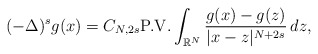
\begin{align*}(-\Delta)^{s} g(x)= C_{N,2s }\mbox{P.V.}\int_{\mathbb{R}^N} \frac{g(x)-g(z)}{|x-z|^{N+{2s}}}\,dz,\end{align*}